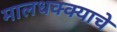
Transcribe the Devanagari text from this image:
मालधक्क्याचे